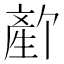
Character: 𬎻